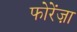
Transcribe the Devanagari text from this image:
फोरेंज़ा